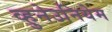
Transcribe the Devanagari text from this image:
व्हुनेउनियेम